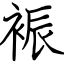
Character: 裖